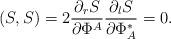
LaTeX: \begin{align*}(S,S)=2\frac{\partial_r S}{\partial \Phi^A} \frac{\partial_lS}{\partial \Phi^{\ast}_A} =0.\end{align*}